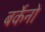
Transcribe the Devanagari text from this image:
बर्केनो